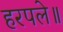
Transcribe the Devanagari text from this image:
हरपले॥